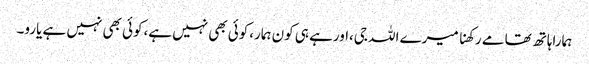
ہماراہاتھ تھامے رکھنا میرے اللہ جی،اورہے ہی کون ہمار،کوئی بھی نہیں ہے،کوئی بھی نہیں ہے یارو۔